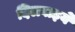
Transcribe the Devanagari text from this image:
दिलवाइये